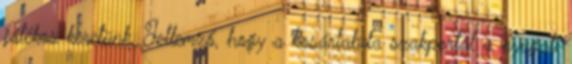
játékos keretünk. Jellemző, hogy a kosárlabda szakportál a nyugati